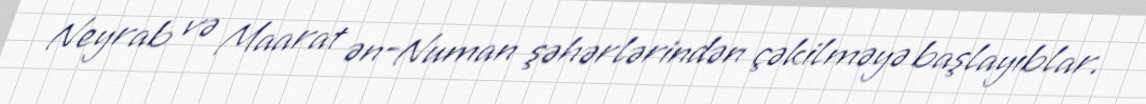
Neyrab və Maarat ən-Numan şəhərlərindən çəkilməyə başlayıblar.